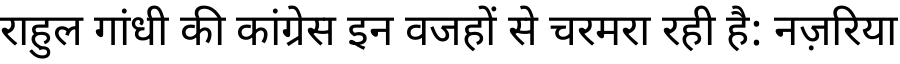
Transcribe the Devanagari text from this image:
राहुल गांधी की कांग्रेस इन वजहों से चरमरा रही है: नज़रिया